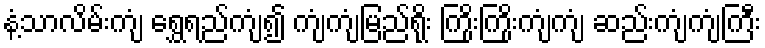
နံ့သာလိမ်းကျံ ရွှေရည်ကျံ၍ ကျံကျံမြည်ရိုး ကြိုးကြိုးကျံကျံ ဆည်းကျံကျံကြီး